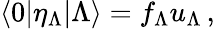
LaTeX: \langle 0|\eta_{\Lambda}|\Lambda\rangle=f_{\Lambda}u_{\Lambda}\, ,